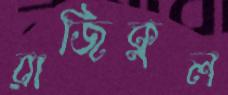
রাজিকুল